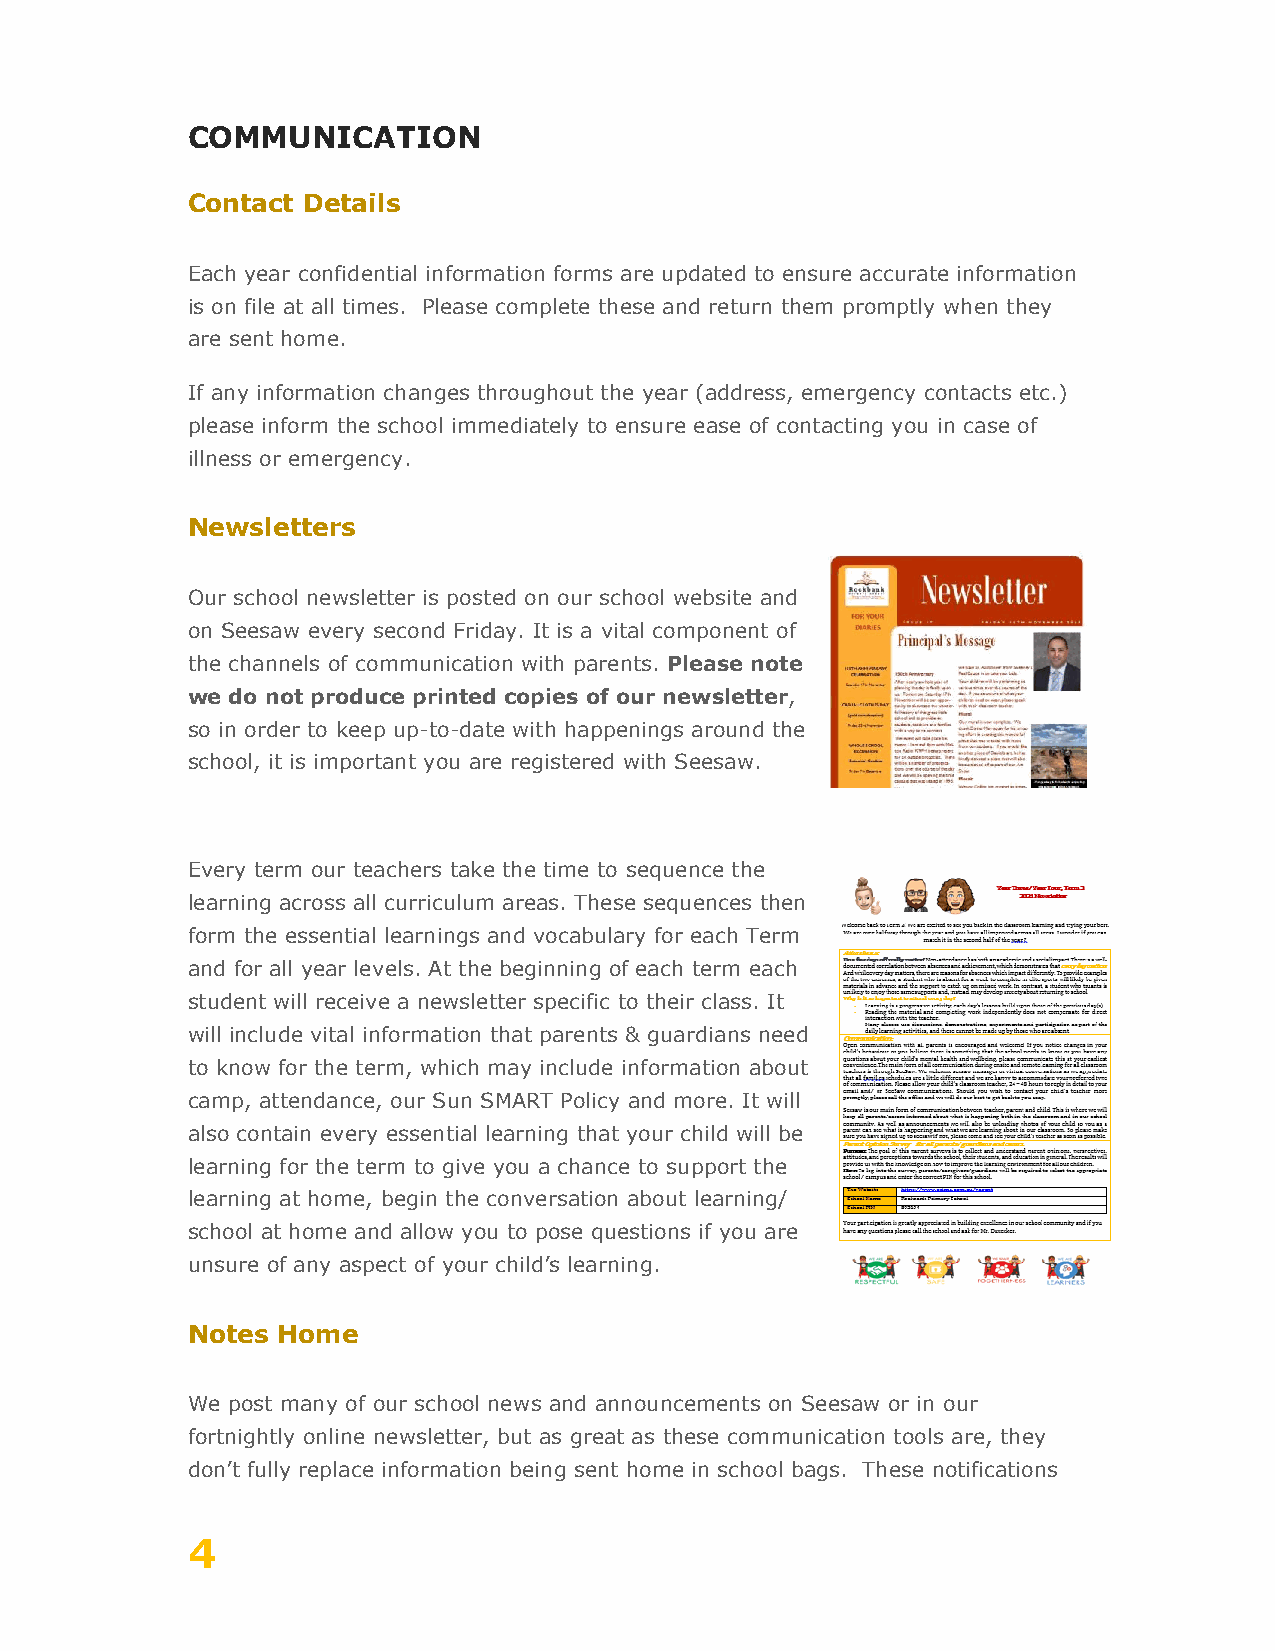
COMMUNICATION
 Contact Details
 Each year confidential information forms are updated to ensure accurate information
 is on file at all times. Please complete these and return them promptly when they
 are sent home.
 If any information changes throughout the year (address, emergency contacts etc.)
 please inform the school immediately to ensure ease of contacting you in case of
 illness or emergency.
 Newsletters
 Our school newsletter is posted on our school website and
 on Seesaw every second Friday. It is a vital component of
 the channels of communication with parents. Please note
 we do not produce printed copies of our newsletter,
 so in order to keep up-to-date with happenings around the
 school, it is important you are registered with Seesaw.
 Every term our teachers take the time to sequence the
 learning across all curriculum areas. These sequences then
 form the essential learnings and vocabulary for each Term
 and for all year levels. At the beginning of each term each
 student will receive a newsletter specific to their class. It
 will include vital information that parents & guardians need
 to know for the term, which may include information about
 camp, attendance, our Sun SMART Policy and more. It will
 also contain every essential learning that your child will be
 learning for the term to give you a chance to support the
 learning at home, begin the conversation about learning/
 school at home and allow you to pose questions if you are
 unsure of any aspect of your child’s learning.
 Notes Home
 We post many of our school news and announcements on Seesaw or in our
 fortnightly online newsletter, but as great as these communication tools are, they
 don’t fully replace information being sent home in school bags. These notifications
 4